Vaccination in Bombay 1874-1876 - 1874-1876
Year: 1874
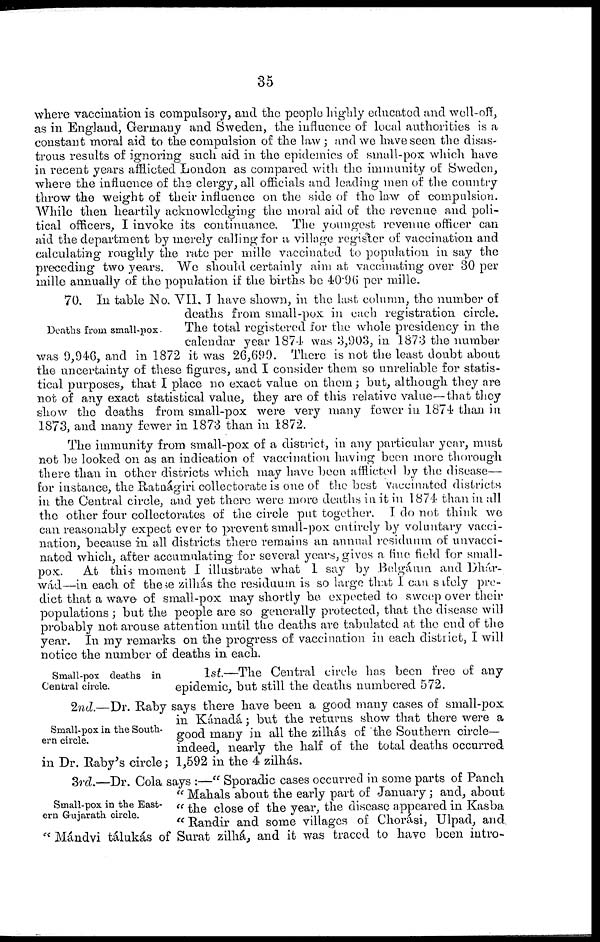
35
where vaccination is compulsory, and the people highly educated and well-off,
as in England, Germany and Sweden, the influence of local authorities is a
constant moral aid to the compulsion of the law ; and we have seen the disas-
trous results of ignoring such aid in the epidemics of small-pox which have
in recent years afflicted London as compared with the immunity of Sweden,
where the influence of the clergy, all officials and leading men of the country
throw the weight of their influence on the side of the law of compulsion.
While then heartily acknowledging the moral aid of the revenue and poli-
tical officers, I invoke its continuance. The youngest revenue officer can
aid the department by merely calling for a village register of vaccination and
calculating roughly the rate per mille vaccinated to population in say the
preceding two years. We should certainly aim at vaccinating over 30 per
mille annually of the population if the births be 40.96 per mille.
Deaths from small-pox .
70. In table No. VII. I have shown, in the last column, the number of
deaths from small-pox in each registration circle.
The total registered for the whole presidency in the
calendar year 1874 was 3,903, in 1873 the number
was 9,946, and in 1872 it was 26,699. There is not the least doubt about
the uncertainty of these figures, and I consider them so unreliable for statis-
tical purposes, that I place no exact value on them; but, although they are
not of any exact statistical value, they are of this relative value—that they
show the deaths from small-pox were very many fewer in 1874 than in
1873, and many fewer in 1873 than in 1872.
The immunity from small-pox of a district, in any particular year, must
not be looked on as an indication of vaccination having been more thorough
there than in other districts which may have been afflicted by the disease—
for instance, the Ratnágiri collectorate is one of the best vaccinated districts
in the Central circle, and yet there were more deaths in it in 1874 than in all
the other four collectorates of the circle put together. I do not think we
can reasonably expect ever to prevent small-pox entirely by voluntary vacci-
nation, because in all districts there remains an annual residunm of unvacci¬
nated which, after accumulating for several years, gives a fine field for small-
pox.
At this moment I illustrate what 1 say by Belgáum and Dhár¬
wád—in each of these zilhás the residuum is so large that I can safely pre-
diet that a wave of small-pox may shortly be expected to sweep over their
populations ; but the people are so generally protected, that the disease will
probably not arouse attention until the deaths are tabulated at the end of the
year. In my remarks on the progress of vaccination in each district, I will
notice the number of deaths in each.
Small-pox deaths in
Central circle.
1st.—The Central circle has been free of any
epidemic, but still the deaths numbered 572.
Small-pox in the South-
ern circle.
2nd.—Dr. Raby says there have been a good many cases of small-pox
in Kánadá; but the returns show that there were a
good many in all the zilhás of the Southern circle—
indeed, nearly the half of the total deaths occurred
in Dr. Raby's circle; 1,592 in the 4 zilhás.
Small-pox in the East-
ern Gujarath circle.
3rd.—Dr. Cola says :—" Sporadic cases occurred in some parts of Panch
" Mahals about the early part of January ; and, about
" the close of the year, the disease appeared in Kasba
" Randir and some villages of Chorási, Ulpad, and
" Mándvi tálukás of Surat zilhá, and it was traced to have been intro¬